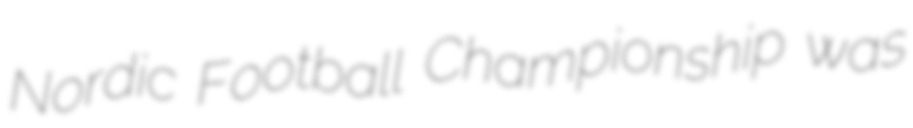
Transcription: Nordic Football Championship was